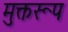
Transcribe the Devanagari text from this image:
मुक्तरूप